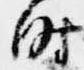
時